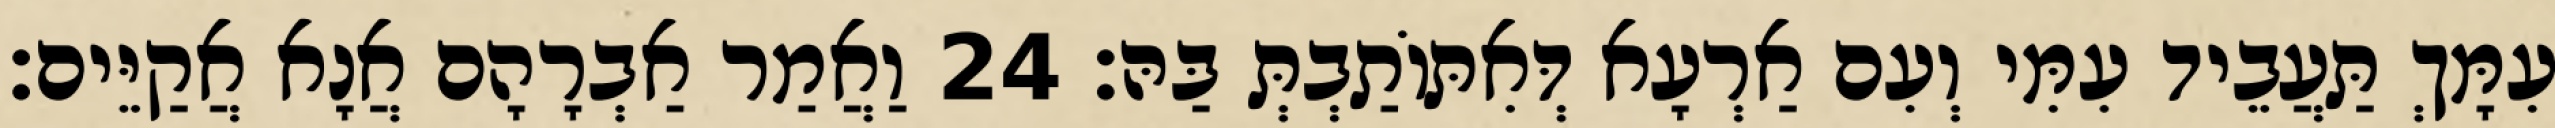
עִמָּךְ תַּעֲבֵיד עִמִּי וְעִם אַרְעָא דְּאִתּוֹתַבְתְּ בַּהּ׃ 24 וַאֲמַר אַבְרָהָם אֲנָא אֲקַיֵּים׃